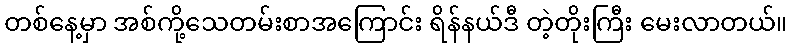
တစ်နေ့မှာ အစ်ကို့သေတမ်းစာအကြောင်း ရိန်နယ်ဒီ တဲ့တိုးကြီး မေးလာတယ်။